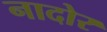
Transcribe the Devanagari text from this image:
नादोर